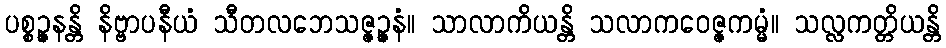
ပစ္စဉ္ဇနန္တိ နိဗ္ဗာပနီယံ သီတလဘေသဇ္ဇဉ္ဇနံ။ သာလာကိယန္တိ သလာကဝေဇ္ဇကမ္မံ။ သလ္လကတ္တိယန္တိ